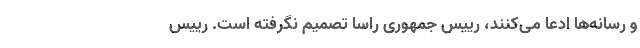
و رسانه‌ها ادعا می‌کنند، رییس‌ جمهوری راسا تصمیم نگرفته است. رییس